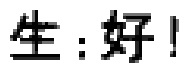
生：好！